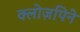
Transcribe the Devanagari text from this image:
क्लोज़पिने